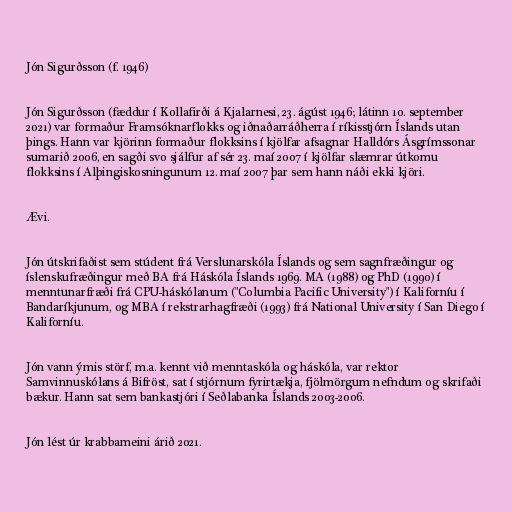
Jón Sigurðsson (f. 1946)

Jón Sigurðsson (fæddur í Kollafirði á Kjalarnesi, 23. ágúst 1946; látinn 10. september
2021) var formaður Framsóknarflokks og iðnaðarráðherra í ríkisstjórn Íslands utan
þings. Hann var kjörinn formaður flokksins í kjölfar afsagnar Halldórs Ásgrímssonar
sumarið 2006, en sagði svo sjálfur af sér 23. maí 2007 í kjölfar slæmrar útkomu
flokksins í Alþingiskosningunum 12. maí 2007 þar sem hann náði ekki kjöri.

Ævi.

Jón útskrifaðist sem stúdent frá Verslunarskóla Íslands og sem sagnfræðingur og
íslenskufræðingur með BA frá Háskóla Íslands 1969. MA (1988) og PhD (1990) í
menntunarfræði frá CPU-háskólanum ("Columbia Pacific University") í Kaliforníu í
Bandaríkjunum, og MBA í rekstrarhagfræði (1993) frá National University í San Diego í
Kaliforníu.

Jón vann ýmis störf, m.a. kennt við menntaskóla og háskóla, var rektor
Samvinnuskólans á Bifröst, sat í stjórnum fyrirtækja, fjölmörgum nefndum og skrifaði
bækur. Hann sat sem bankastjóri í Seðlabanka Íslands 2003-2006.

Jón lést úr krabbameini árið 2021.